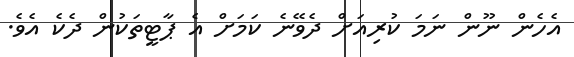
އެހެން ނޫން ނަމަ ކުރިއަށް ދެވޭނެ ކަމަށް އެ ޕާޓީތަކުން ދެކެ އެވެ.